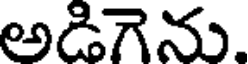
అడిగెను.